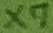
Text: X7